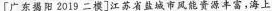
[广东揭阳2019二模]江苏省盐城市风能资源丰富，海上